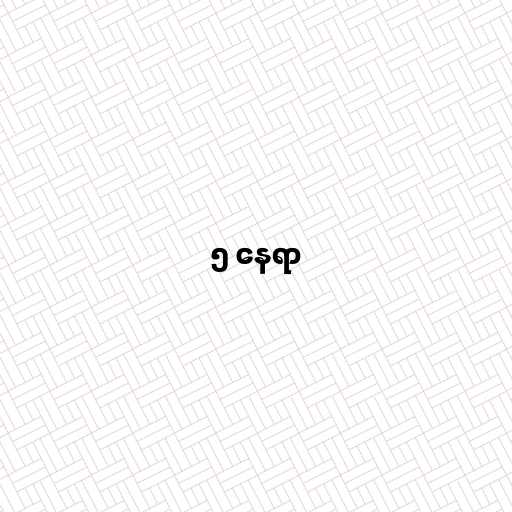
၅ နေရာ